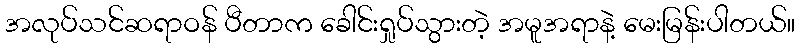
အလုပ်သင်ဆရာဝန် ပီတာက ခေါင်းရှုပ်သွားတဲ့ အမူအရာနဲ့ မေးမြန်းပါတယ်။